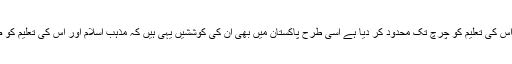
جس طرح مغرب میں انہوں نے مذہب اور اس کی تعلیم کو چرچ تک محدود کر دیا ہے اسی طرح پاکستان میں بھی ان کی کوششیں یہی ہیں کہ مذہب اسلام اور اس کی تعلیم کو صرف اور صرف مسجد تک محدود کر دیں۔